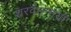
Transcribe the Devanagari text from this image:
शरवत्तन्मयो